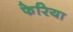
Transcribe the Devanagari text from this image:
फेरिया